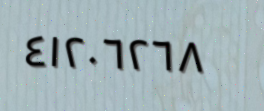
٤١٢٠٦٢٦٨